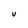
Character: U